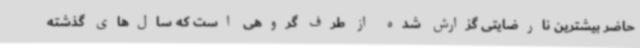
حاضر بیشترین نارضایتی گزارش شده از طرف گروهی است که سال‌های گذشته